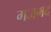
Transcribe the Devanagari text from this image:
गजमद